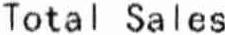
TOTAL SALES